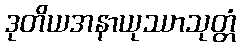
ဒုတိယအနာယုဿာသုတ္တံ